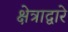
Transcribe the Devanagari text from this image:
क्षेत्राद्वारे